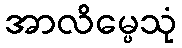
အာလိမ္ပေသုံ